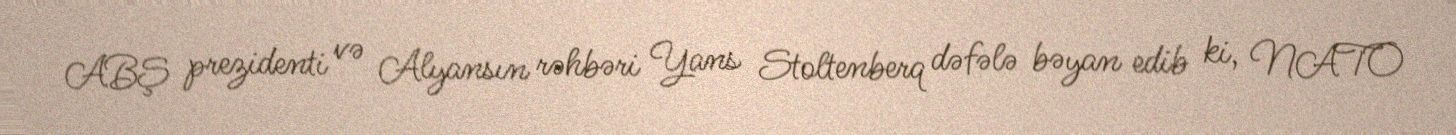
ABŞ prezidenti və Alyansın rəhbəri Yans Stoltenberq dəfələ bəyan edib ki, NATO